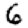
Digit: 6